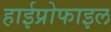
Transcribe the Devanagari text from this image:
हाईप्रोफाइल